Language: tamil
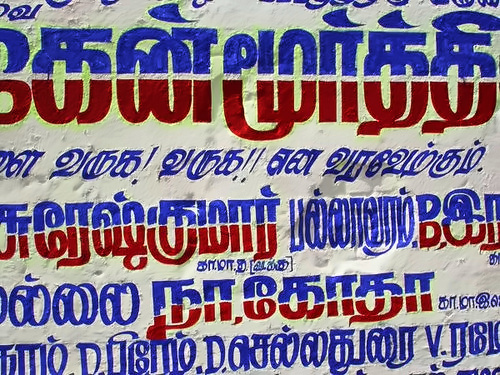
Transcription: கன் முா்த்தி வருக பல்லாவரம் ல்லை பிரேம் வருக நா கோதா செல்லதுரை